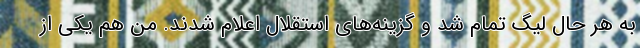
به هر حال لیگ تمام شد و گزینه‌های استقلال اعلام شدند. من هم یکی از